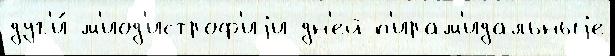
дуг'и́ м'иод'истроф'иjи дн'ей п'ирам'идальныjе